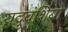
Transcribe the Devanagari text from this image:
यदुवंशियो